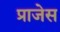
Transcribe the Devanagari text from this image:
प्राजेस